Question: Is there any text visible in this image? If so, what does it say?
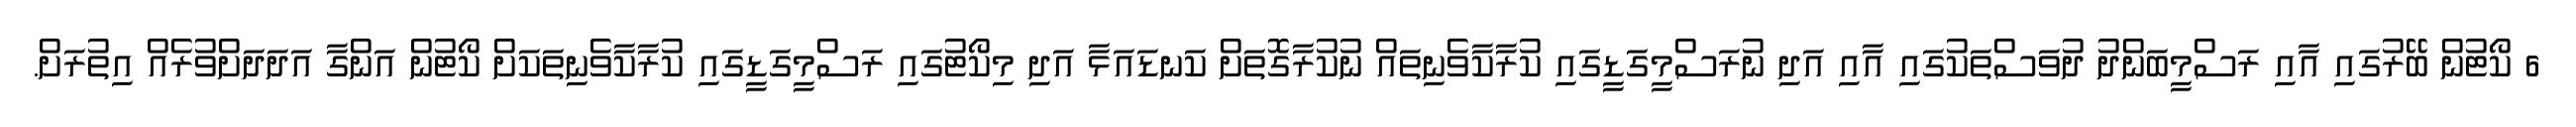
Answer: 6 ކޯޓުން ބޭރުގައި އާއި ރަސްމީބަންދު ދުވަސްތަކުގައި އާއި އަދި ނުރަސްމީގަޑީގައި ކުރާކާވެނިތައް ނުކުރާގޮތަށް ކަނޑައަޅާ އަދި މިކޯޓުގައި ރަސްމީގަޑީގައި ކުރާކާވެނިތަކަށް ކޯޓުން އަންގާ އަދަދަށްވުރެއް އިތުރަށް.